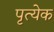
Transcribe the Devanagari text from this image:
पृत्येक